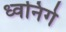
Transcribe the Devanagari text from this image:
ध्वनिगे